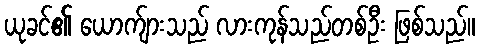
ယုခင်၏ ယောက်ျားသည် လားကုန်သည်တစ်ဦး ဖြစ်သည်။